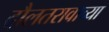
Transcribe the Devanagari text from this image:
दौलतरावाच्या